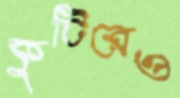
কুটিরেও